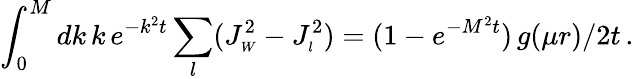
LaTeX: \int_{0}^{M}dk\, k\, e^{-k^{2}t}\sum_{l}(J_{\scriptscriptstyle{W}}^{2}-J_{\scriptscriptstyle{l}}^{2})=(1-e^{-M^{2}t})\, g(\mu r)/2t\, .